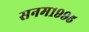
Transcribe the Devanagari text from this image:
सनम१९९५